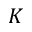
K